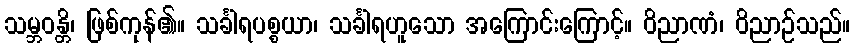
သမ္ဘဝန္တိ၊ ဖြစ်ကုန်၏။ သင်္ခါရပစ္စယာ၊ သင်္ခါရဟူသော အကြောင်းကြောင့်။ ဝိညာဏံ၊ ဝိညာဉ်သည်။